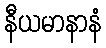
နီယမာနာနံ